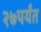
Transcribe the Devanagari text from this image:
२७पर्यंत